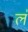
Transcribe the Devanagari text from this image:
ल॑